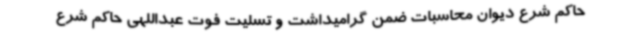
حاکم شرع دیوان محاسبات ضمن گرامیداشت و تسلیت فوت عبداللهی حاکم شرع